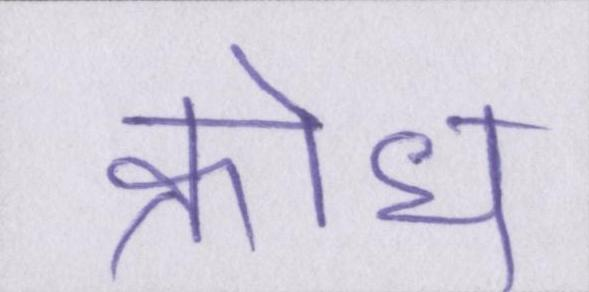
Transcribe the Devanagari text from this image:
क्रोध